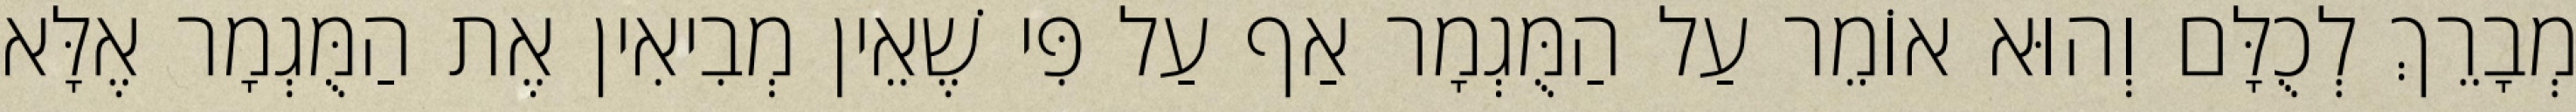
מְבָרֵךְ לְכֻלָּם וְהוּא אוֹמֵר עַל הַמֻּגְמָר אַף עַל פִּי שֶׁאֵין מְבִיאִין אֶת הַמֻּגְמָר אֶלָּא